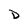
Character: D